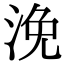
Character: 浼